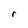
Character: r